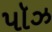
પૉઝ